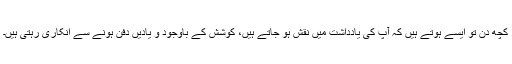
کچھ دن تو ایسے ہوتے ہیں کہ آپ کی یادداشت میں نقش ہو جاتے ہیں، کوشش کے باوجود و یادیں دفن ہونے سے انکاری رہتی ہیں۔